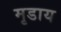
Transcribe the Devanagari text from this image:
मृडाय